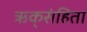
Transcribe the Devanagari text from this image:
ऋक्‌संहिता